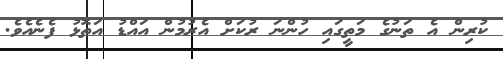
ކުރިން އެ ތަނުގެ މަތީގައި ހުންނަ ރުކަށް އެރުމުން އައްޑު އަތޮޅު ފެނެއެވެ.